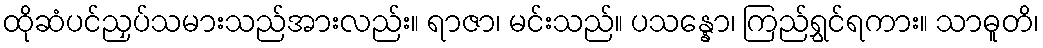
ထိုဆံပင်ညှပ်သမားသည်အားလည်း။ ရာဇာ၊ မင်းသည်။ ပသန္နော၊ ကြည်ရွှင်ရကား။ သာဓူတိ၊